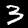
Digit: 3